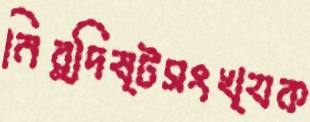
নির্দিষ্টসংখ্যক